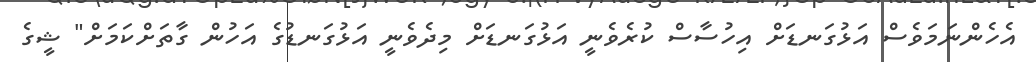
އެހެންނަމަވެސް އަޅުގަނޑަށް އިހުސާސް ކުރެވެނީ އަޅުގަނޑަށް މިދެވެނީ އަޅުގަނޑުގެ އަހުން ގާތަށްކަމަށް" ޝީގެ